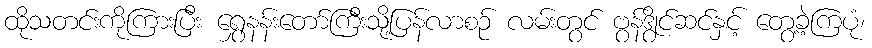
ထိုသတင်းကိုကြားပြီး ရွှေနန်းတော်ကြီးသို့ပြန်လာစဉ် လမ်းတွင် ဗွန်ဒွိုင်ဆင်နှင့် တွေ့ခဲ့ကြပုံ၊